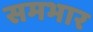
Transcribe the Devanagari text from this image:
समभार